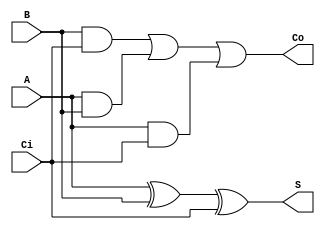
// Copyright (C) 1991-2013 Altera Corporation
// Your use of Altera Corporation's design tools, logic functions 
// and other software and tools, and its AMPP partner logic 
// functions, and any output files from any of the foregoing 
// (including device programming or simulation files), and any 
// associated documentation or information are expressly subject 
// to the terms and conditions of the Altera Program License 
// Subscription Agreement, Altera MegaCore Function License 
// Agreement, or other applicable license agreement, including, 
// without limitation, that your use is for the sole purpose of 
// programming logic devices manufactured by Altera and sold by 
// Altera or its authorized distributors.  Please refer to the 
// applicable agreement for further details.

// PROGRAM		"Quartus II 64-Bit"
// VERSION		"Version 13.1.0 Build 162 10/23/2013 SJ Web Edition"
// CREATED		"Sun Nov 05 10:30:32 2023"

module FullAdder1(
	A,
	B,
	Ci,
	Co,
	S
);


input wire	A;
input wire	B;
input wire	Ci;
output wire	Co;
output wire	S;

wire	SYNTHESIZED_WIRE_0;
wire	SYNTHESIZED_WIRE_1;
wire	SYNTHESIZED_WIRE_2;
wire	SYNTHESIZED_WIRE_3;




assign	SYNTHESIZED_WIRE_3 = A & Ci;

assign	SYNTHESIZED_WIRE_1 = B & Ci;

assign	SYNTHESIZED_WIRE_2 = A & B;

assign	SYNTHESIZED_WIRE_0 = A ^ B;

assign	S = SYNTHESIZED_WIRE_0 ^ Ci;

assign	Co = SYNTHESIZED_WIRE_1 | SYNTHESIZED_WIRE_2 | SYNTHESIZED_WIRE_3;


endmodule